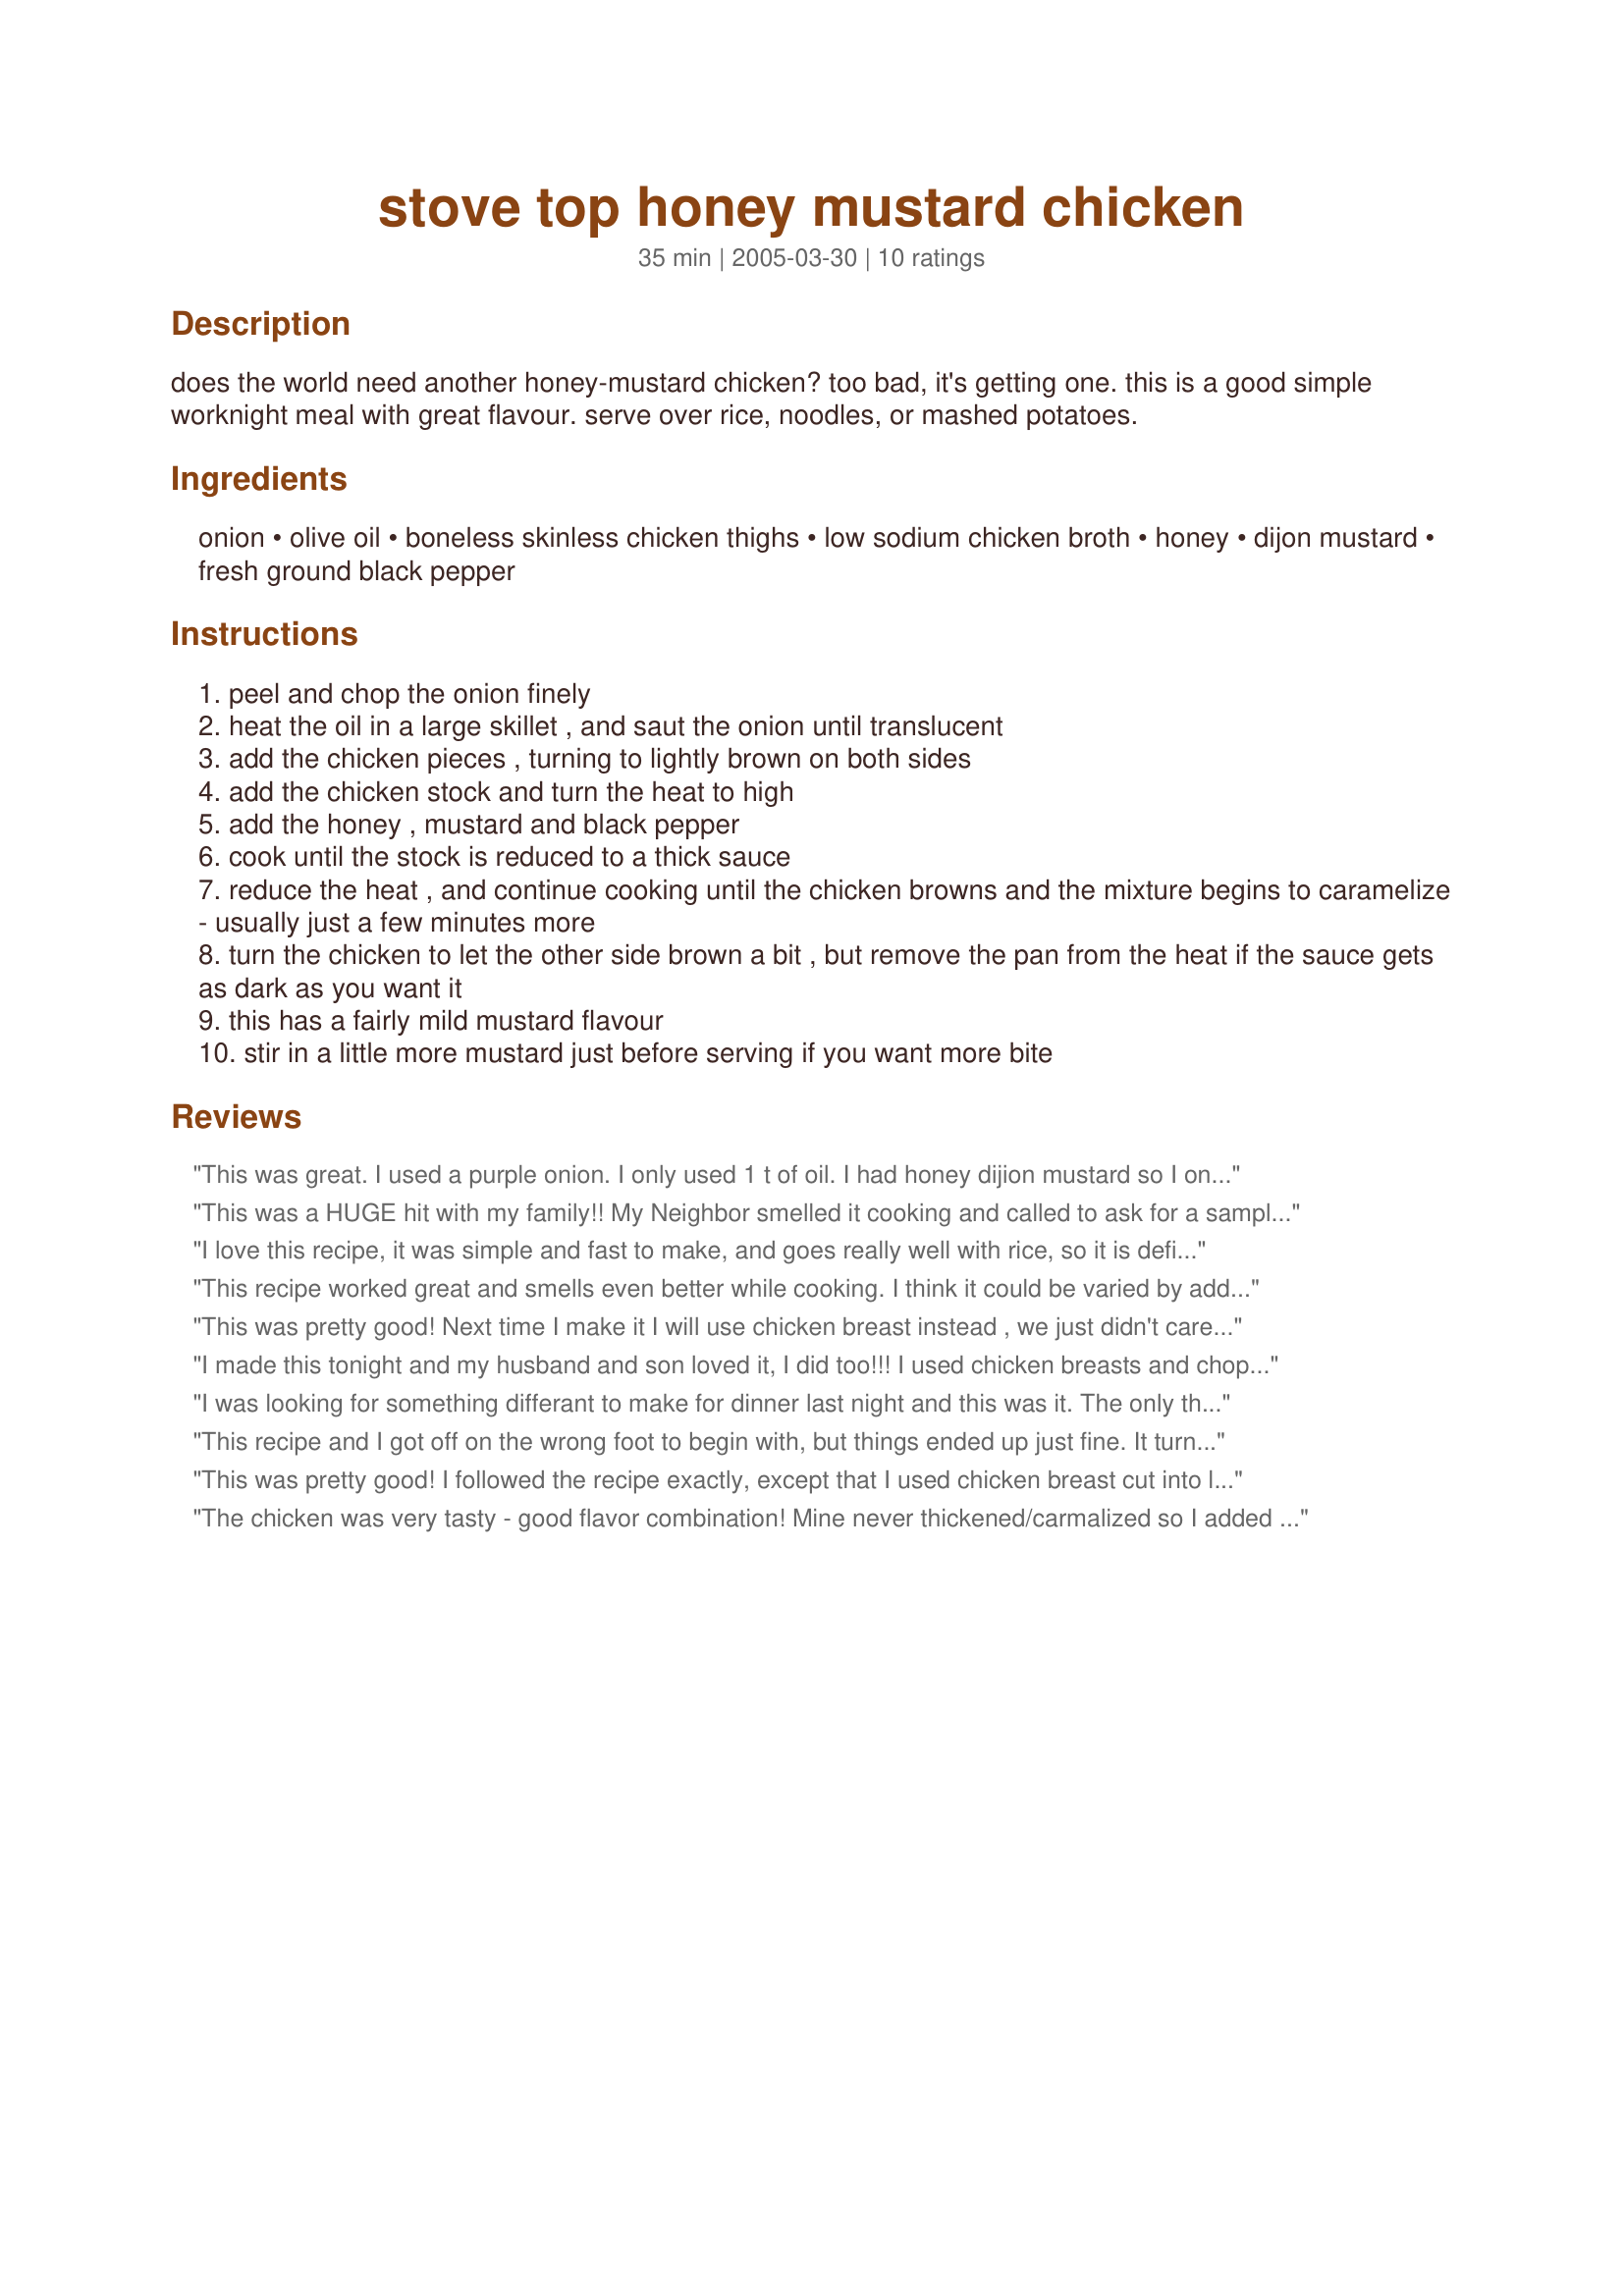
stove top honey mustard chicken
Preparation time: 35 minutes

does the world need another honey-mustard chicken? too bad, it's getting one. this is a good simple worknight meal with great flavour. serve over rice, noodles, or mashed potatoes.

Ingredients:
onion, olive oil, boneless skinless chicken thighs, low sodium chicken broth, honey, dijon mustard, fresh ground black pepper

Steps:
peel and chop the onion finely
heat the oil in a large skillet , and saut the onion until translucent
add the chicken pieces , turning to lightly brown on both sides
add the chicken stock and turn the heat to high
add the honey , mustard and black pepper
cook until the stock is reduced to a thick sauce
reduce the heat , and continue cooking until the chicken browns and the mixture begins to caramelize - usually just a few minutes more
turn the chicken to let the other side brown a bit , but remove the pan from the heat if the sauce gets as dark as you want it
this has a fairly mild mustard flavour
stir in a little more mustard just before serving if you want more bite

Reviews:
This was great. I used a purple onion. I only used 1 t of oil. I had honey dijion mustard so I only used 1t honey. I also used chicken breast tenders instead of thighs... ( I haved the recipe)
This was a HUGE hit with my family!! My Neighbor smelled it cooking and called to ask for a sample... She loved it as well. Will definitely be keeping this one to make again.
I love this recipe, it was simple and fast to make, and goes really well with rice, so it is definitely a keeper!
This recipe worked great and smells even better while cooking. I think it could be varied by adding or subtracting amounts of honey and mustard. Mine came out on the sweeter side and I will try to go a little more tart next time.
This was pretty good! Next time I make it I will use chicken breast instead , we just didn't care for the texture of thighs.

Not sure how I went wrong but it took a LOT longer to get to the thick sauce stage and it never did carmelize ... doesn't matter to me though, the taste is what is important and we all 3 enjoyed it very much!

Will definitely be making it again! Thanks for posting!
I made this tonight and my husband and son loved it, I did too!!! I used chicken breasts and chopped the onions in larger pieces (easier to fish out for my hubby ;)) It was great!! 

I was looking for something differant to make for dinner last night and this was it. The only thing I did differant was cut the chicken into cubes, flour and brown first. Then added fresh garlic to the onions and proceeded with the menu as listed. While it was carmelizing (and it did this perfect) I added some fresh mushrooms as DH loves them then served over steamed white rice with a tomatoe and mozzerella salad. Yum, I did add the extra mustard as suggested for that extra punch that we love. For us the chicken came out moist and the taste was just what we were looking for. Thanks Jenny for a very nice recipe.
This recipe and I got off on the wrong foot to begin with, but things ended up just fine. It turned out really well and was super delicious. Thanks for sharing!
This was pretty good! I followed the recipe exactly, except that I used chicken breast cut into large pieces. The sauce was GREAT but I will probably double the sauce next time. I think the cooking time was a bit long as the chicken was a rubbery.
The chicken was very tasty - good flavor combination! Mine never thickened/carmalized so I added about 1 Tbs corn starch dissolved in a quarter cup of cold water. Also, i used cut up breast fillets. Served with wild/brown rice mixture. Will make again!
